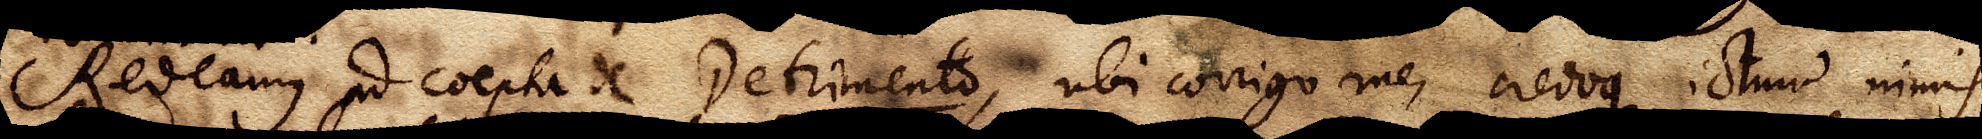
Redeamus ad coepta de Detrimento, ubi corrigo me, credoque ictum nimis